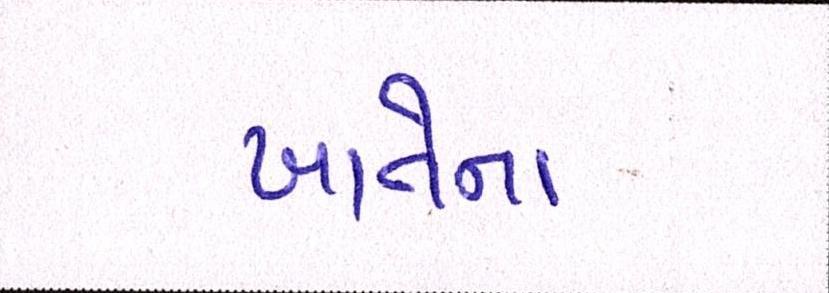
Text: ખાતેના